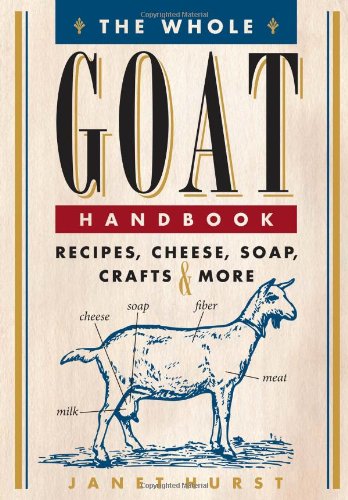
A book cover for The Whole Goat Handbook: Recipes, Cheese, Soap, Crafts & More; Janet Hurst; Cookbooks, Food & Wine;